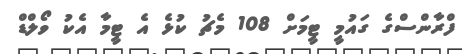
ފްރާންސްގެ ގައުމީ ޓީމަށް 108 މެޗު ކުޅެ އެ ޓީމާ އެކު ވޯލްޑް